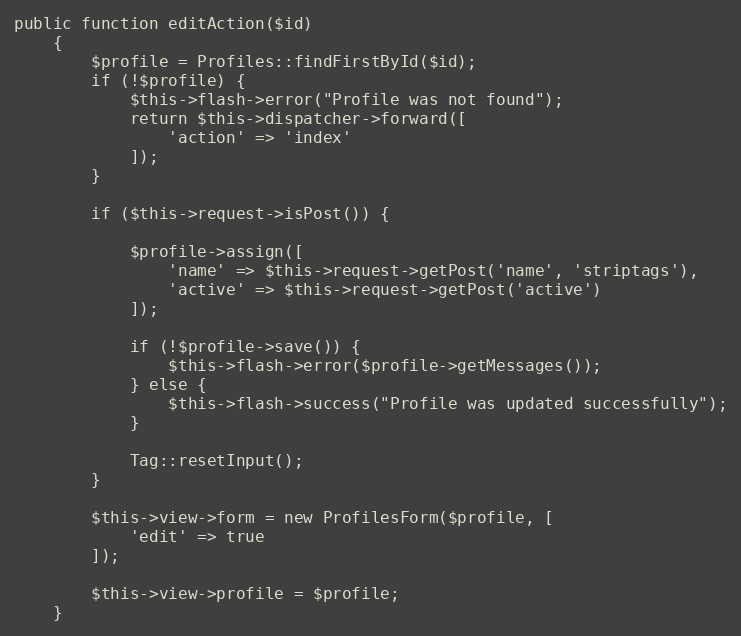
Language: PHP
public function editAction($id)
    {
        $profile = Profiles::findFirstById($id);
        if (!$profile) {
            $this->flash->error("Profile was not found");
            return $this->dispatcher->forward([
                'action' => 'index'
            ]);
        }

        if ($this->request->isPost()) {

            $profile->assign([
                'name' => $this->request->getPost('name', 'striptags'),
                'active' => $this->request->getPost('active')
            ]);

            if (!$profile->save()) {
                $this->flash->error($profile->getMessages());
            } else {
                $this->flash->success("Profile was updated successfully");
            }

            Tag::resetInput();
        }

        $this->view->form = new ProfilesForm($profile, [
            'edit' => true
        ]);

        $this->view->profile = $profile;
    }